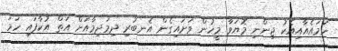
ހަމައެއާއިއެކު ޖިންނި މޮޔަވާ މީހުން ވަށައިގެން އެނބުރި ދިމަދިމާއަށް އަތް އުކާފައި ހަމަ